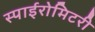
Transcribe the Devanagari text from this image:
स्पाईरोमिटरी